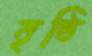
বৃষ্ঠি